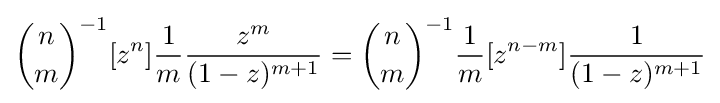
{n \choose m}^{-1}[z^{n}]{\frac {1}{m}}{\frac {z^{m}}{(1-z)^{m+1}}}={n \choose m}^{-1}{\frac {1}{m}}[z^{n-m}]{\frac {1}{(1-z)^{m+1}}}